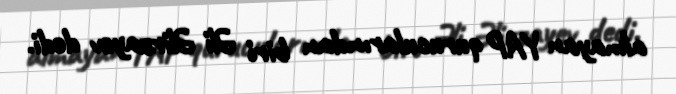
almayan YAP qurucularından biri Əli Əlirzayev dedi.